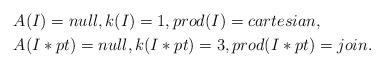
LaTeX: \begin{align*}&A(I)= null, k(I)=1, prod(I)=cartesian, \\&A(I*pt)= null, k(I*pt)=3, prod(I*pt) = join. \end{align*}